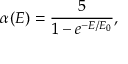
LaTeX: \alpha ( E ) = \frac { 5 } { 1 - e ^ { - E / E _ { 0 } } } ,